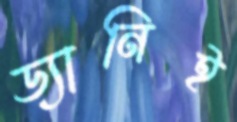
ড্যানিই